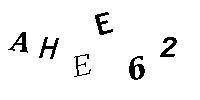
AHEE62